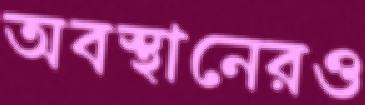
অবস্থানেরও